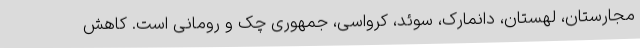
مجارستان، لهستان، دانمارک، سوئد، کرواسی، جمهوری چک و رومانی است. کاهش